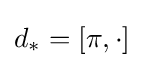
d_{*}=[\pi ,\cdot ]